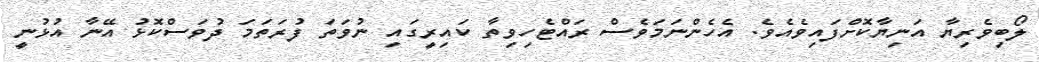
ލޯބިވެރިޔާ އަނިޔާކޮށްފައިވެއެވެ. އެހެންނަމަވެސް ރައްޓެހިވިތާ ކައިރީގައި ނުވަތަ ފުރަތަމަ ދުވަސްކޮޅު އޭނާ އުޅުނީ